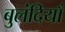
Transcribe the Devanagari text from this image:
बुलंदियाँ